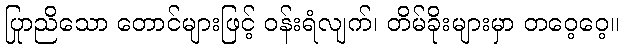
ပြာညိုသော တောင်များဖြင့် ဝန်းရံလျက်၊ တိမ်ခိုးများမှာ တဝေ့ဝေ့။